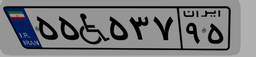
۵۱W۴۲۵۷۱